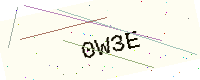
Text: 0W3E